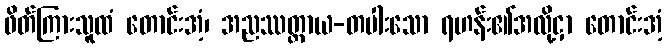
ဖိတ်ကြားသူထံ တောင်းအံ့၊ အညဿတ္ထာယ-တပါးသော ရဟန်း၏အလို့ငှာ တောင်းအံ့